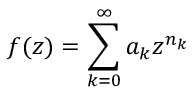
f ( z ) = \sum _ { k = 0 } ^ { \infty } a _ { k } z ^ { n _ { k } }